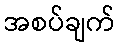
အစပ်ချက်